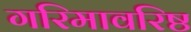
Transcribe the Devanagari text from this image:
गरिमावरिष्ठ